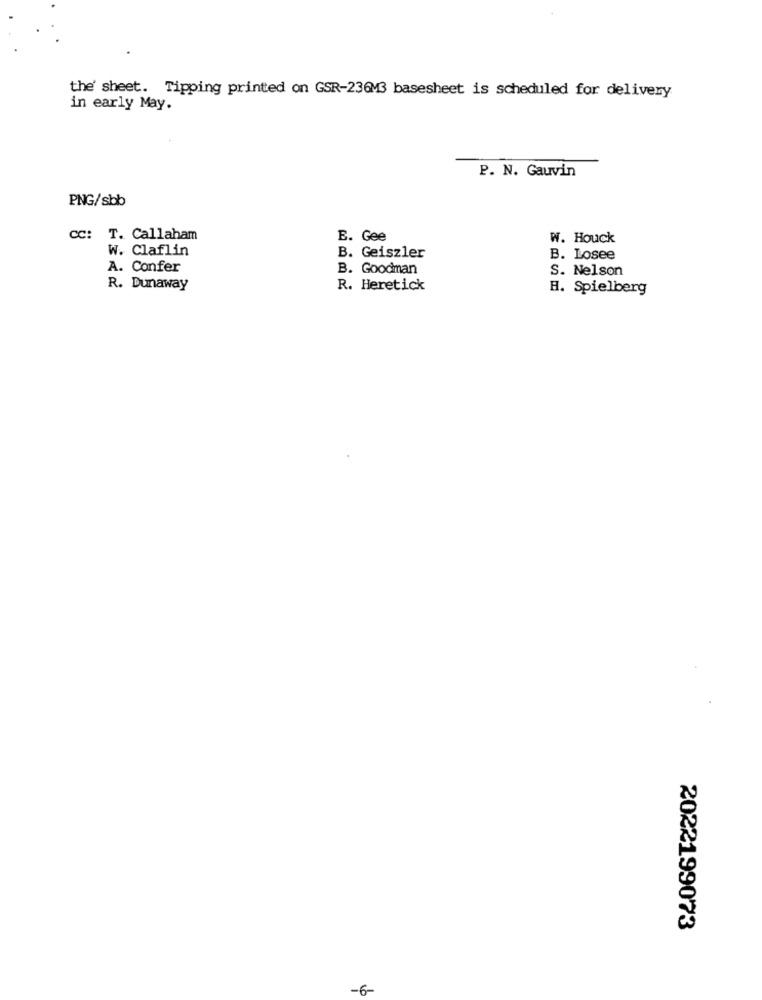
the' sheet. Tipping printed on GSR-236M3 basesheet is scheduled for delivery
in early May.
P. N. Gauvin
PNG/sbb
CC: T. Callaham
E. Gee
W. Houck
W. Claflin
B. Geiszler
B. Losee
A. Confer
B. Goodman
S. Nelson
R. Dunaway
R. Heretick
H. Spielberg
2022199073
-6-